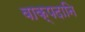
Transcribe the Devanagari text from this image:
वाक्पदानि